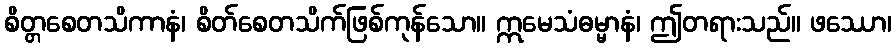
စိတ္တစေတသိကာနံ၊ စိတ်စေတသိက်ဖြစ်ကုန်သော။ ဣမေသံဓမ္မာနံ၊ ဤတရားသည်။ ဖဿော၊